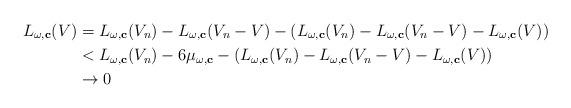
LaTeX: \begin{align*}L_{\omega,\mathbf{c}}(V)&=L_{\omega,\mathbf{c}}(V_n)-L_{\omega,\mathbf{c}}(V_n-V)-(L_{\omega,\mathbf{c}}(V_n)-L_{\omega,\mathbf{c}}(V_n-V)-L_{\omega,\mathbf{c}}(V))\\&<L_{\omega,\mathbf{c}}(V_n)-6\mu_{\omega,\mathbf{c}}-(L_{\omega,\mathbf{c}}(V_n)-L_{\omega,\mathbf{c}}(V_n-V)-L_{\omega,\mathbf{c}}(V))\\&\rightarrow 0\end{align*}